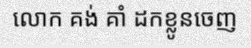
លោក គង់ គាំ ដកខ្លូនចេញ